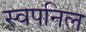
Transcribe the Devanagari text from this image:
स्वपनिल